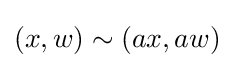
(x,w)\sim (ax,aw)